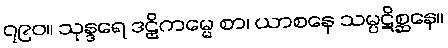
၇၉၀။ သုန္ဒရေ ဒဠှိကမ္မေ စာ၊ ယာစနေ သမ္ပဋိစ္ဆနေ။